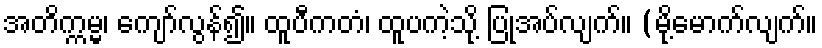
အတိက္ကမ္မ၊ ကျော်လွန်၍။ ထူပီကတံ၊ ထူပကဲ့သို့ ပြုအပ်လျက်။ (မို့မောက်လျက်။